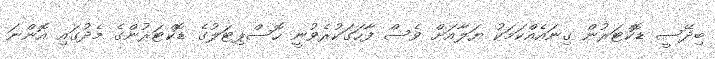
ބިދޭސީ ޑޮކްޓަރުން ގިނައެއްކަމަކު ޔަލާއަށް ވެސް ފާހަގަކުރެވުނީ ހޮސްޕިޓަލުގެ ޑޮކްޓަރުންގެ މެދުގައި އޮންނަ